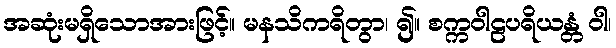
အဆုံးမရှိသောအားဖြင့်။ မနသိကရိတွာ၊ ၍။ စက္ကဝါဠပရိယန္တံ ဝါ၊